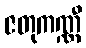
ဇတုကဏ္ဏီ